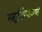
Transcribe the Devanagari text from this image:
स्मृतिवाक्य